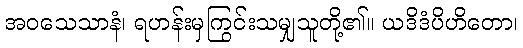
အဝသေသာနံ၊ ရဟန်းမှကြွင်းသမျှသူတို့၏။ ယဒိဒံပိဟိတော၊